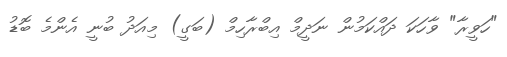
"ހަވީރާ" ވާހަކަ ދައްކަމުން ނަދީމް އިބްރާހިމް (ބަގީ) މިއަދު ބުނީ އެންމެ ބޮޑު